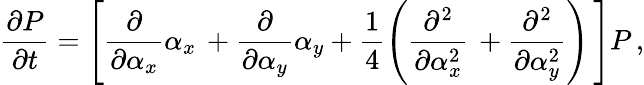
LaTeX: \frac{\partial P}{\partial t}=\left[\frac{\partial}{\partial\alpha_{x}}\alpha_{x}\, +\frac{\partial}{\partial\alpha_{y}}\alpha_{y}+\frac{1}{4}\left(\frac{\partial^{2}}{\partial\alpha_{x}^{2}}\, +\frac{\partial^{2}}{\partial\alpha_{y}^{2}}\right)\, \right]P\, ,